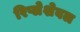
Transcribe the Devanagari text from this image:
रिप्लेशेबल